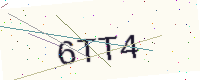
Text: 6TT4